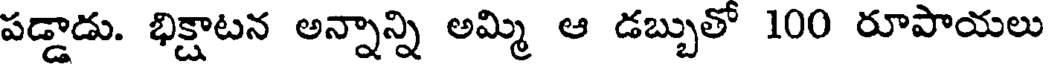
పడ్డాడు. భిక్షాటన అన్నాన్ని అమ్మి ఆ డబ్బుతో 100 రూపాయలు